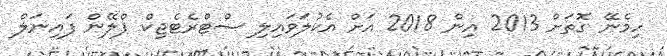
ހިމެނޭ ގޮތަށް 2013 އިން 2018 އަށް އެކުލަވައިލި ސްޓްރެޓެޖިކް ޕްލޭން ފައިނަލް